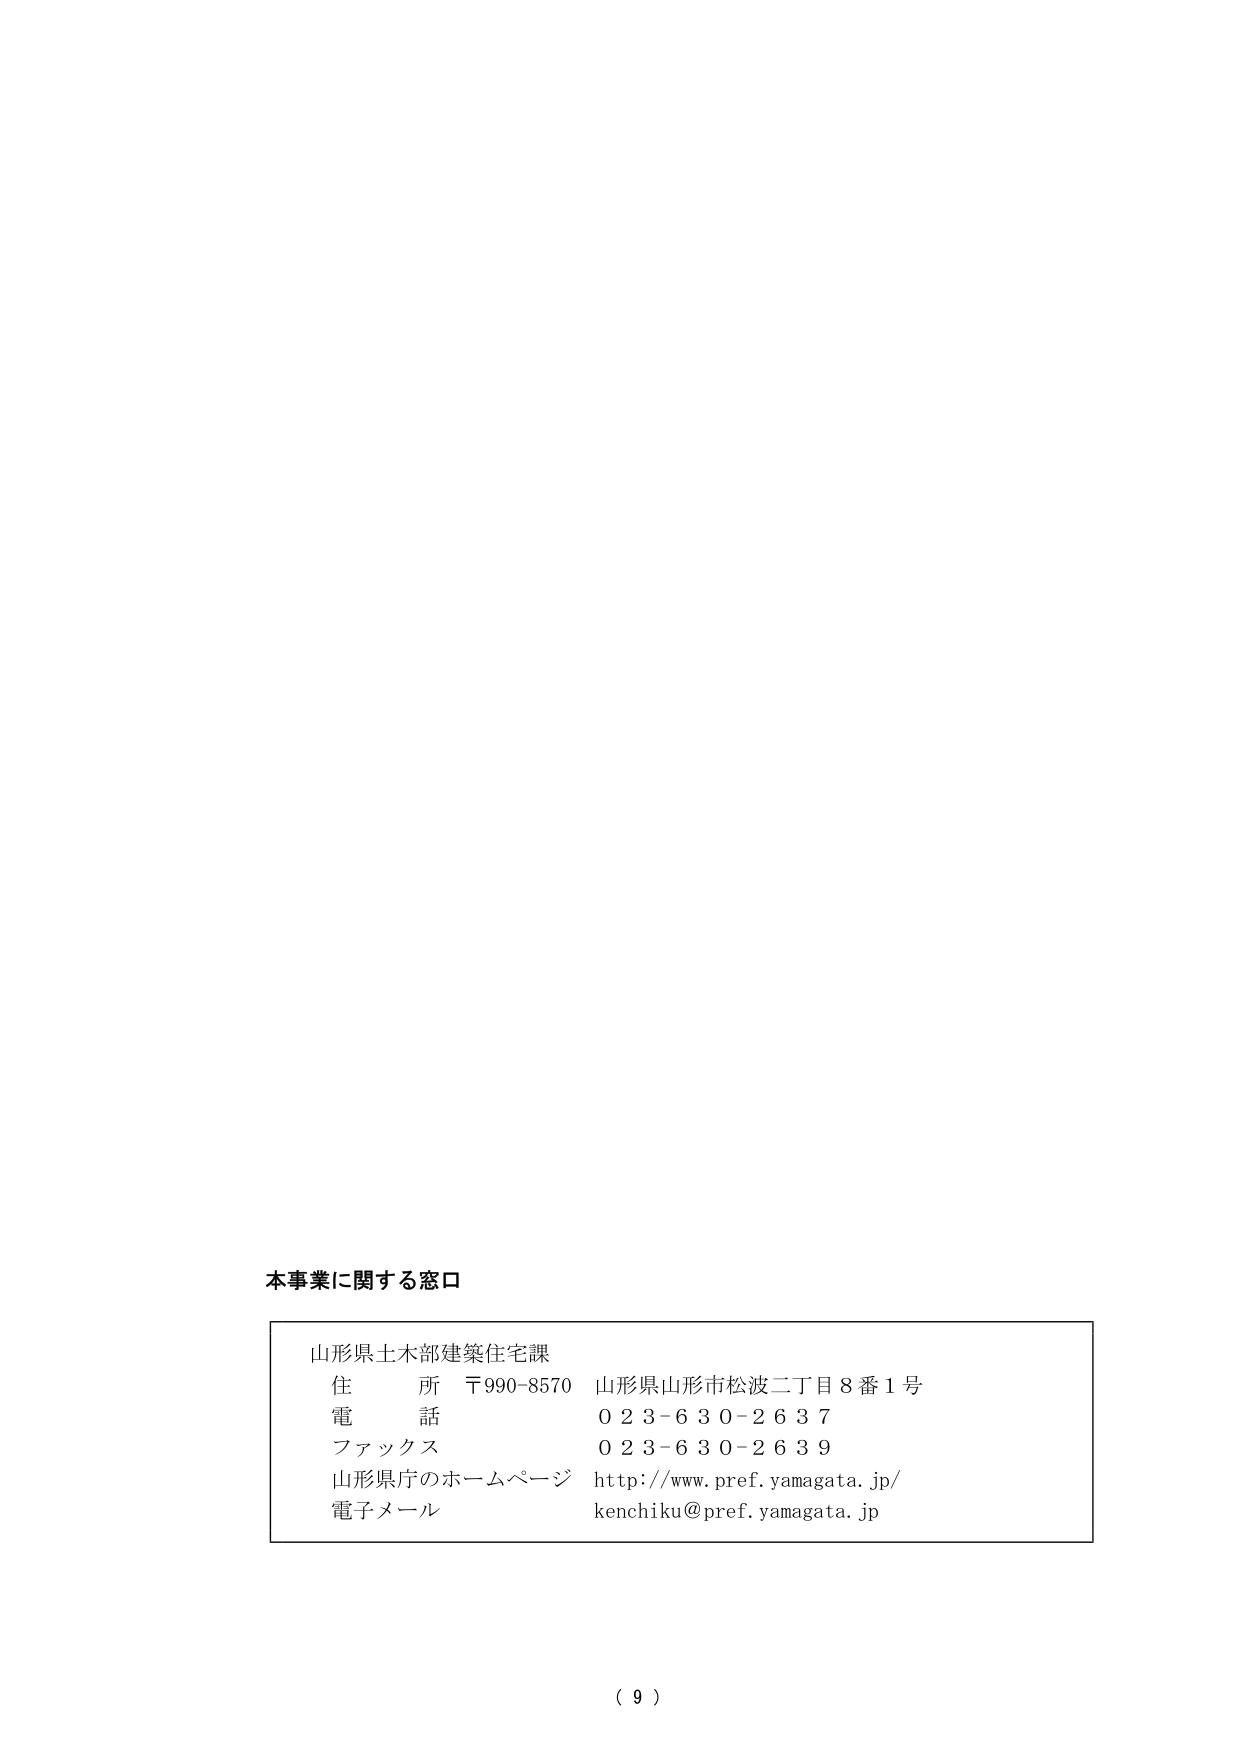
本事業に関する窓口

山形県土木部建築住宅課
住 所 〒990-8570 山形県山形市松波二丁目8番1号
電 話 023-630-2637
ファックス 023-630-2639
山形県庁のホームページ http://www.pref.yamagata.jp/
電子メール kenchiku@pref.yamagata.jp

（ 9 ）